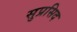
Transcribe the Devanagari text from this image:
सुप्रसिद